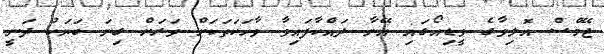
ޖޭމްސް އޮލިވާގެ ވީޑިއޯގައި އޭނާ ދައްކާފައިވާ ވާހަކަތަކަށް ވަރަށް ގިނަ ބަޔަކު ދަނީ